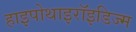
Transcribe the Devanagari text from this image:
हाइपोथाइरॉइडिज्म